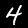
Digit: 4